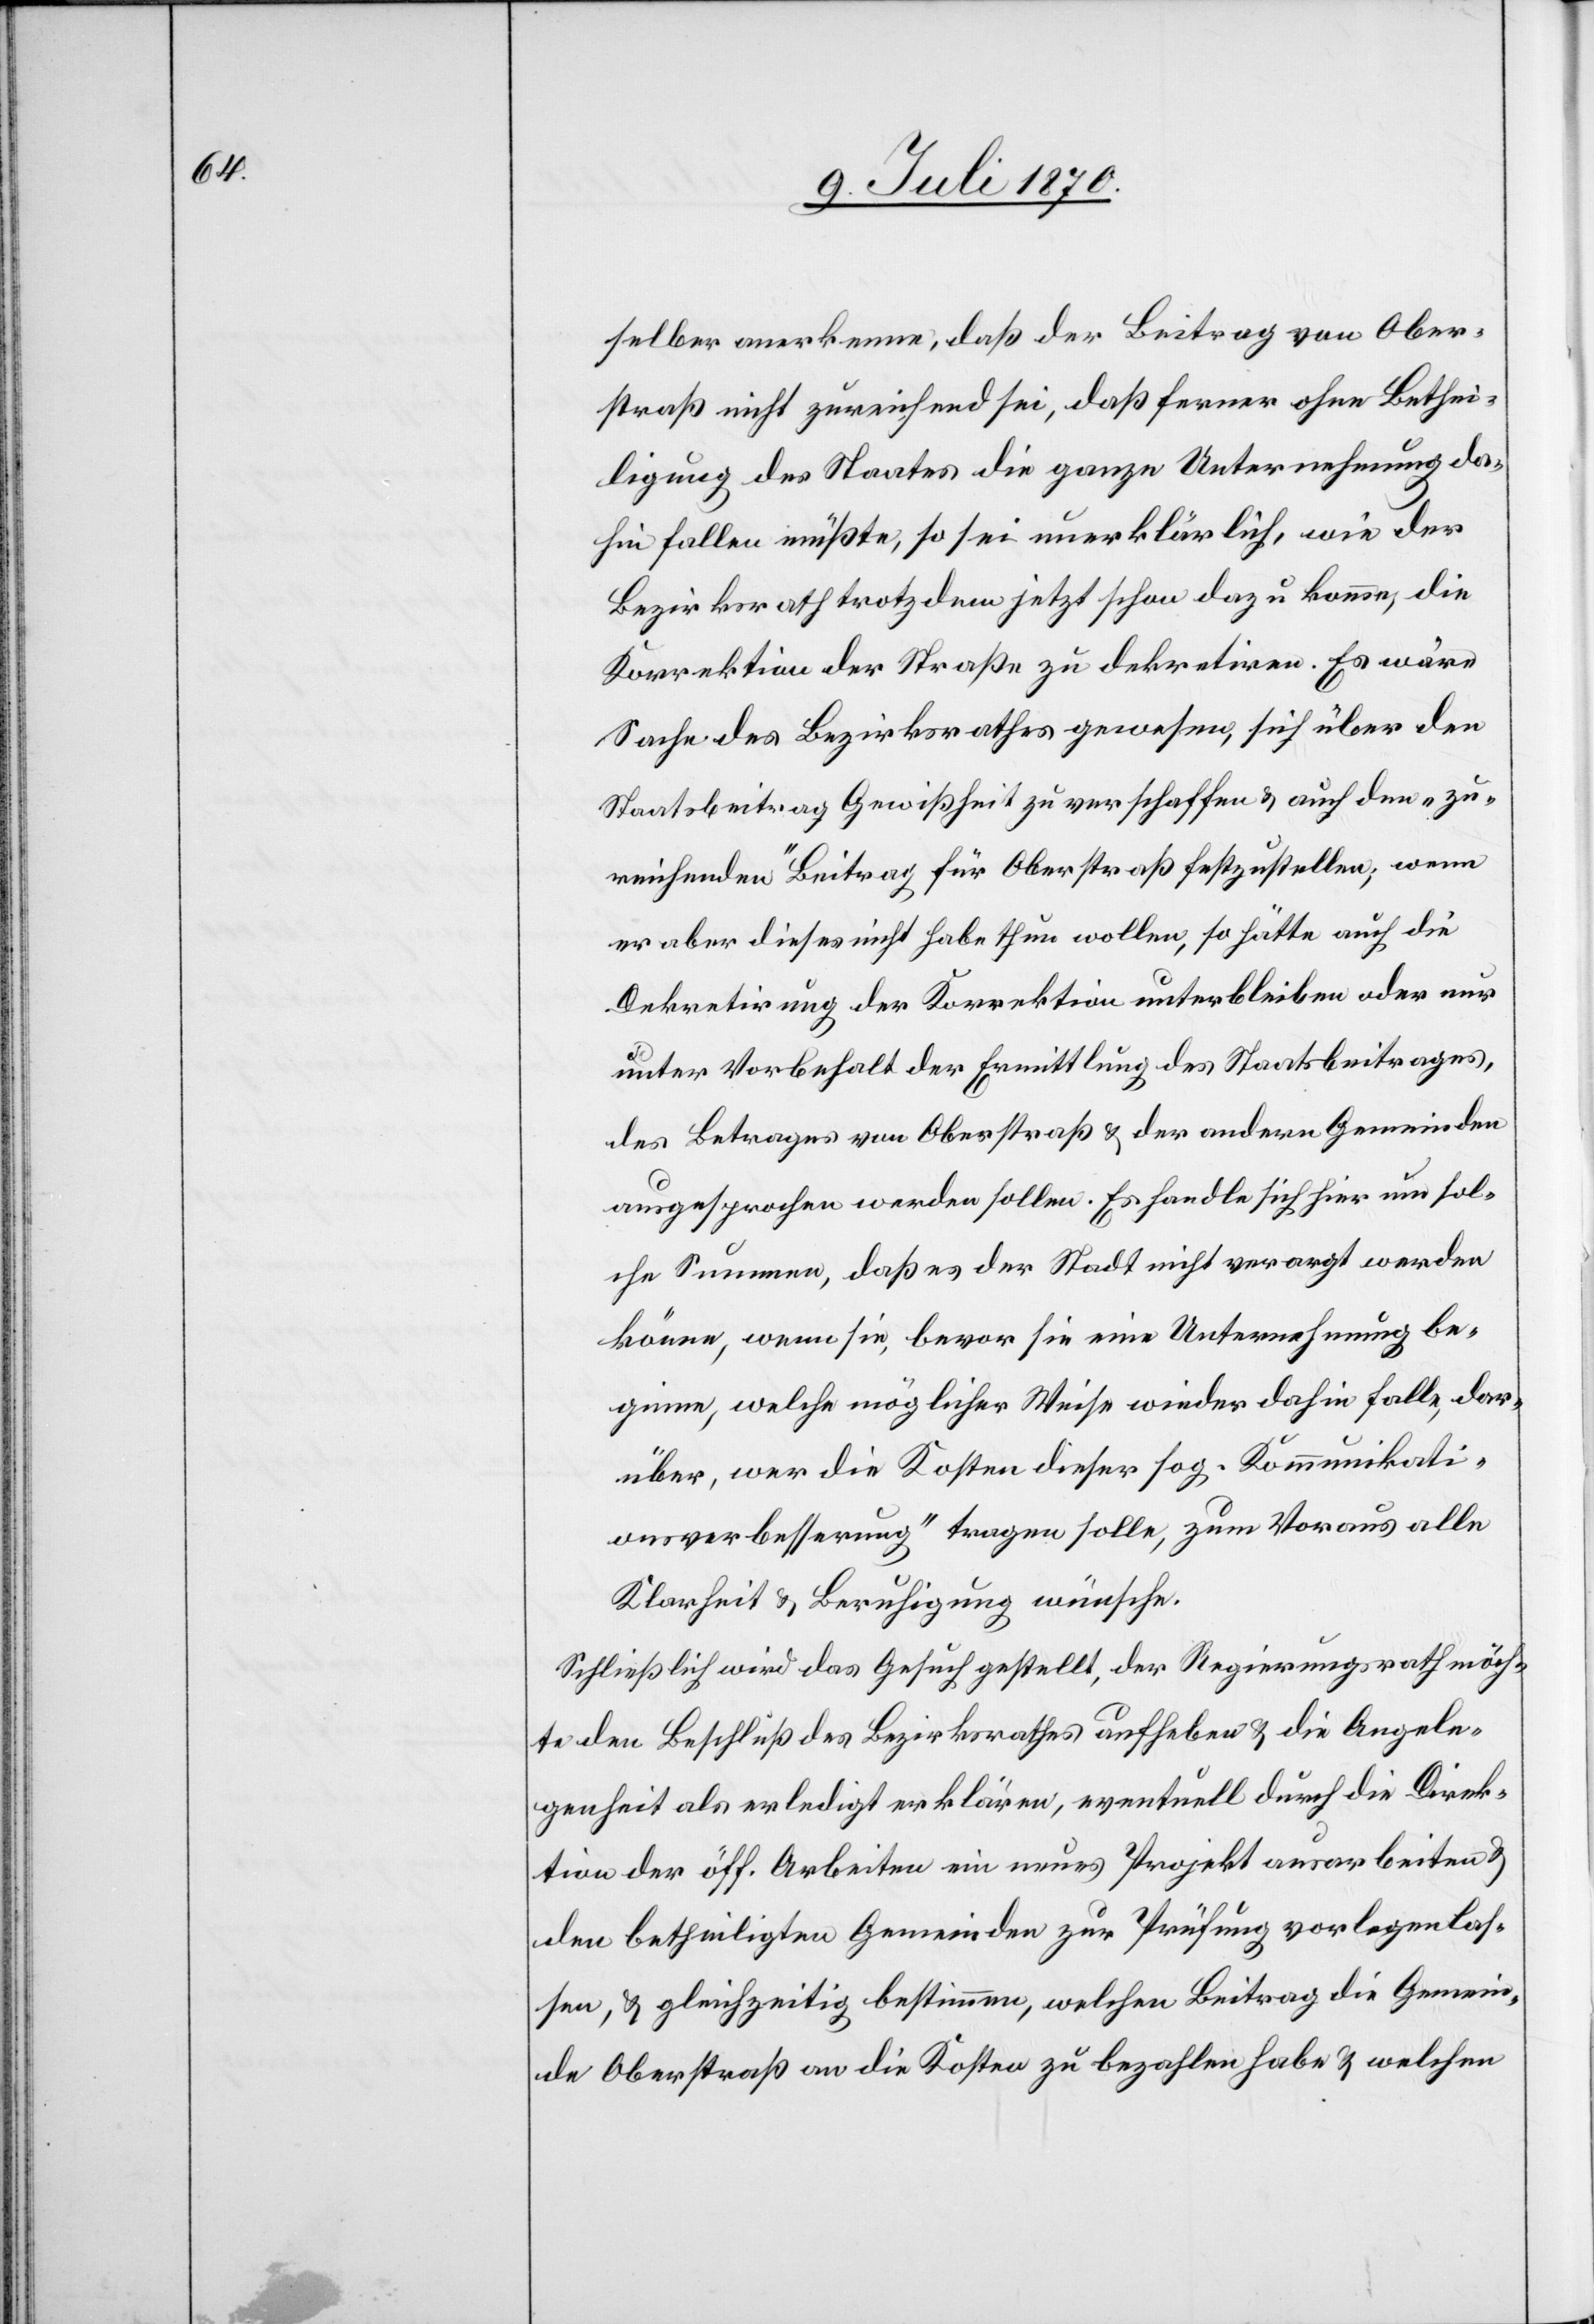
selber anerkenne, daß der Beitrag von Ober¬
straß nicht zureichend sei, daß ferner ohne Bethei¬
ligung des Staates die ganze Unternehmung da¬
hin fallen müßte, so sei unerklärlich, wie der
Bezirksrath trotzdem jetzt schon dazu komme, die
Korrektion der Straße zu dekretiren. Es wäre
Sache des Bezirksrathes gewesen, sich über den
Staatsbeitrag Gewißheit zu verschaffen & auch den „zu¬
reichenden“ Beitrag für Oberstraß festzustellen; wenn
er aber dieses nicht habe thun wollen, wo hätte auch die
Dekretirung der Korrektion unterbleiben oder nur
unter Vorbehalt der Ermittlung des Staatsbeitrages,
des Betrages von Oberstraß & der andern Gemeinden
ausgesprochen werden sollen. Es handle sich hier um sol¬
che Summen, daß es der Stadt nicht verargt werden
könne, wenn sie, bevor sie eine Unternehmung be¬
ginne, welche möglicher Weise wieder dahin falle, dar¬
über, wer die Kosten dieser sog. „Kommunikati¬
onsverbesserung“ tragen solle, zum Voraus alle
Klarheit & Beruhigung wünsche.
Schließlich wird das Gesuch gestellt, der Regierungsrath möch¬
te den Beschluß des Bezirksrathes aufheben & die Angele¬
genheit als erledigt erklären, eventuell durch die Direk¬
tion der öff. Arbeiten ein neues Projekt ausarbeiten &
den betheiligten Gemeinden zur Prüfung vorlegen las¬
sen, & gleichzeitig bestimmen, welchen Beitrag die Gemein¬
de Oberstraß an die Kosten zu bezahlen habe & welchen